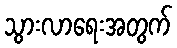
သွားလာရေးအတွက်